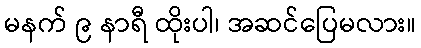
မနက် ၉ နာရီ ထိုးပါ၊ အဆင်ပြေမလား။